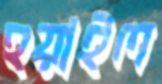
হয়াইল